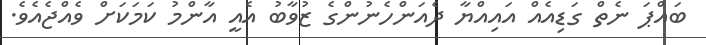
ބައްޕަ ނެތް ގަޑިއެއް އައިއްޔާ ދެއަންހެނުންގެ ޒުވާބު އެއީ އާންމު ކަމަކަށް ވެއްޖެއެވެ.